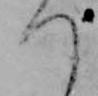
つ